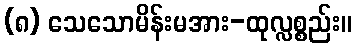
(၈) သေသောမိန်းမအား-ထုလ္လစ္စည်း။